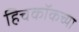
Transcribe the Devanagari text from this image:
हिचकॉकच्या